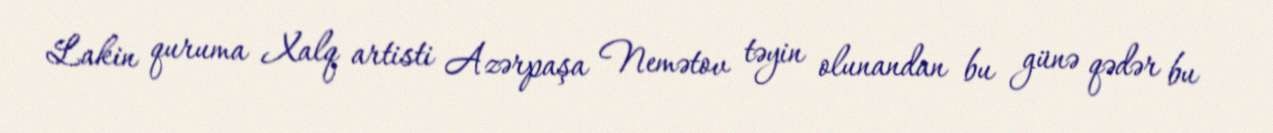
Lakin quruma Xalq artisti Azərpaşa Nemətov təyin olunandan bu günə qədər bu